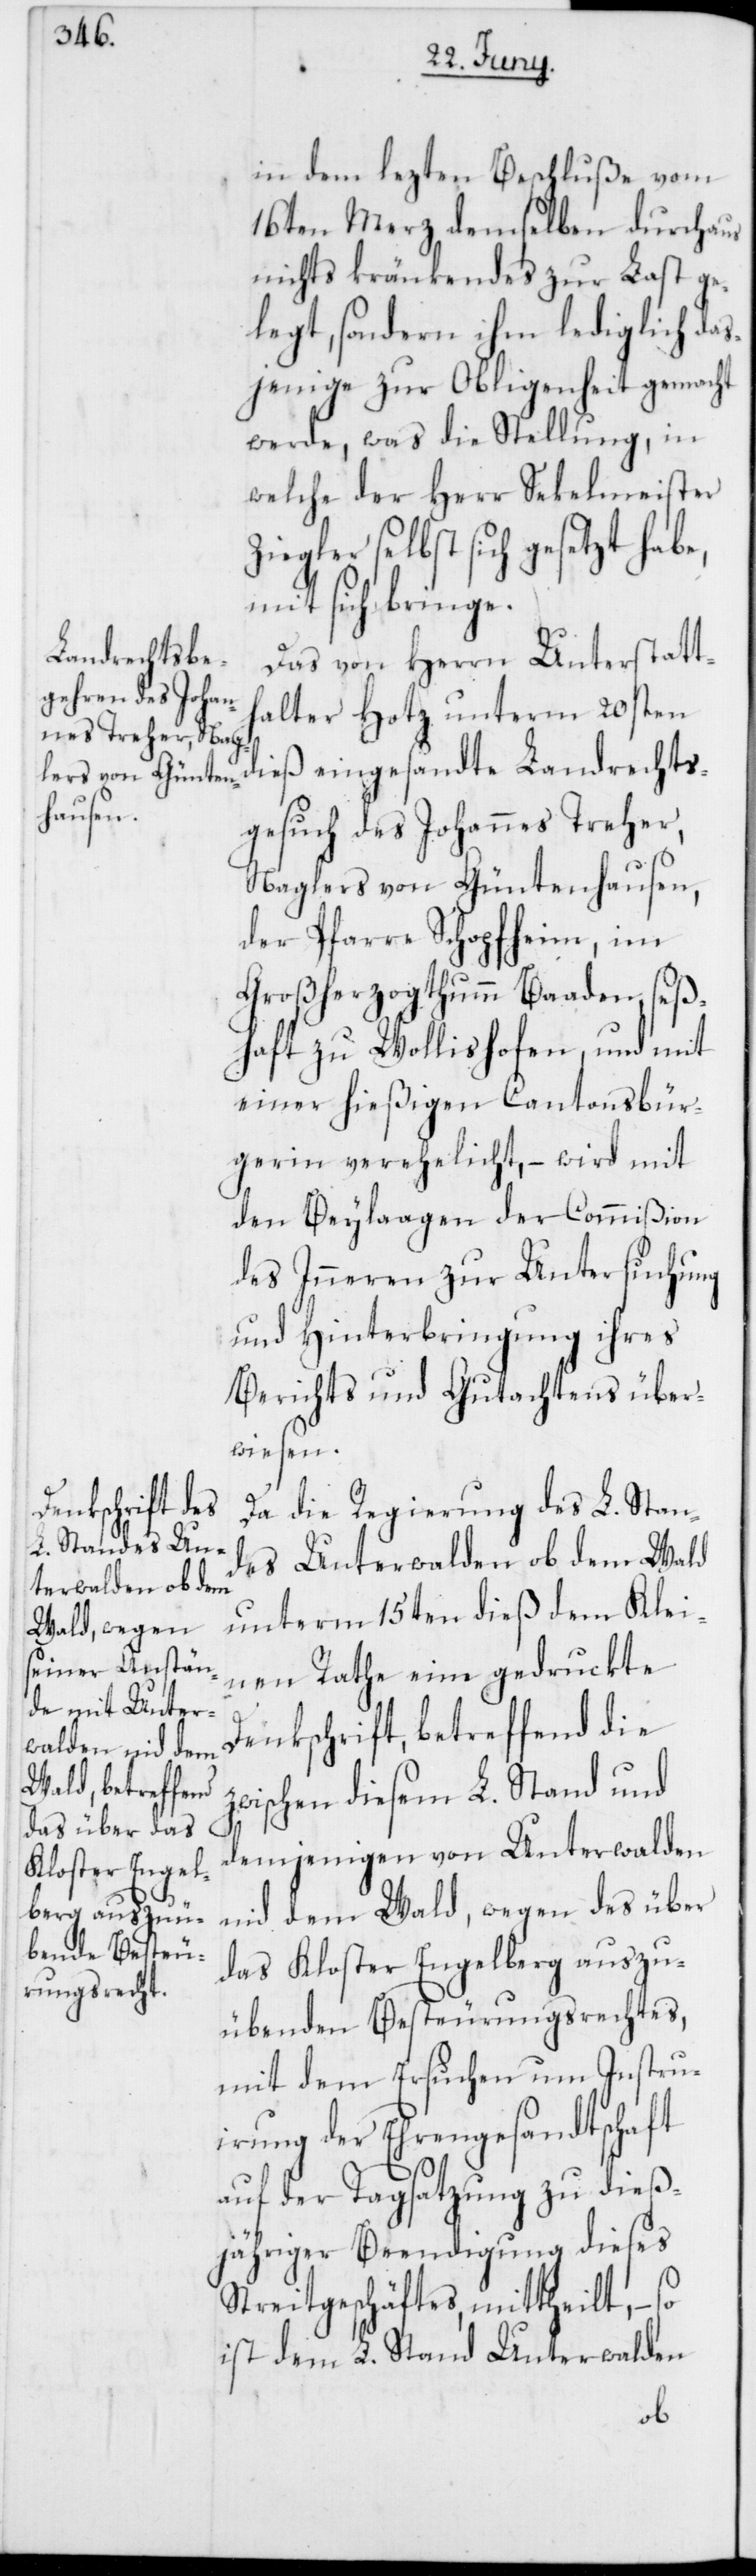
in dem lezten Beschluße vom
16ten Merz demselben durchaus
nichts kränkendes zur Last ge¬
legt, sondern ihm lediglich das¬
jenige zur Obligenheit gemacht
werde, was die Stellung, in
welche der Herr Sekelmeister
Ziegler selbst sich gesetzt habe,
mit sich bringe.
Das von Herrn Unterstatt¬
halter Hotz unterm 20sten
dieß eingesandte Landrechts¬
gesuch des Johannes Treher,
Naglers von Güntenhausen,
der Pfarre Schopfheim, im
Großherzogtumm Baaden, seß¬
haft zu Wollishofen, und mit
einer hießigen Cantonsbür¬
gerin verehelicht, – wird mit
den Beylaagen der Commißion
des Inneren zur Untersuchung
und Hinterbringung ihres
Berichts und Gutachtens über¬
wiesen.
Da die Regierung des L. Stan¬
des Unterwalden ob dem Wald
unterm 15ten dieß dem Klei¬
nen Rathe eine gedruckte
Denkschrift, betreffend die
zwischen diesem L. Stand und
demjenigen von Unterwalden
nid dem Wald, wegen des über
das Kloster Engelberg auszu¬
übenden Besteurungsrechtes,
mit dem Ersuchen um Instru¬
irung der Ehrengesandtschaft
auf der Tagsatzung zu dieß¬
jähriger Beendigung dieses
Streitgeschäftes, mittheilt, – so
ist dem L. Stand Unterwalden